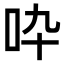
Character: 𠯥